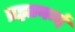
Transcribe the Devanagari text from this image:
ब्रह्मानन्दं